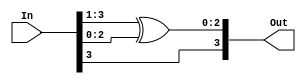
module bcdToGray_df(Out, In);
  input [3:0]In;
  output [3:0]Out;
  assign  Out[3] = In[3],
          Out[2:0] = In[3:1] ^ In[2:0];
endmodule